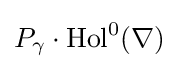
P_{\gamma }\cdot \operatorname {Hol} ^{0}(\nabla )